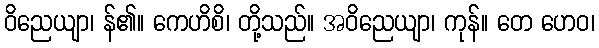
ဝိညေယျာ၊ န်၏။ ကေဟိစိ၊ တို့သည်။ အဝိညေယျာ၊ ကုန်။ တေ ဟေဝ၊